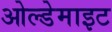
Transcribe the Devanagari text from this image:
ओल्डेमाइट